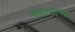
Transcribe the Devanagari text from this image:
वाहाणाऱ्या